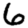
Digit: 6